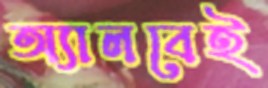
অ্যালবেই